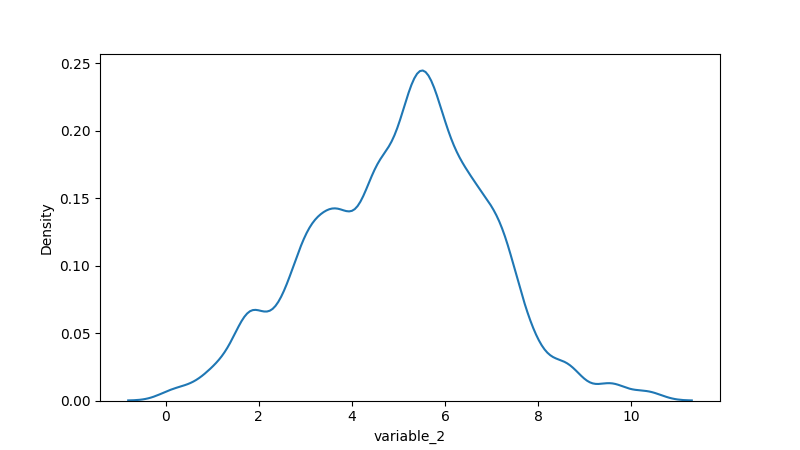
python, seaborn, kdeplot, hue='None', fill=False, bw_adjust=0.5